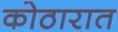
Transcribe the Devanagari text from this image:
कोठारात